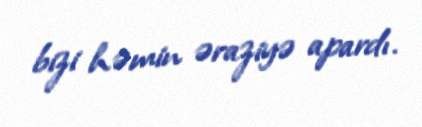
bizi həmin əraziyə apardı.